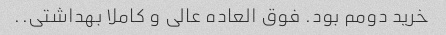
خرید دومم بود. فوق العاده عالی و کاملا بهداشتی..